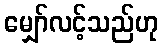
မျှော်လင့်သည်ဟု